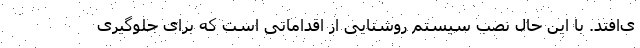
ی‌افتد. با این حال نصب سیستم روشنایی از اقداماتی است که برای جلوگیری